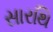
સારથિ